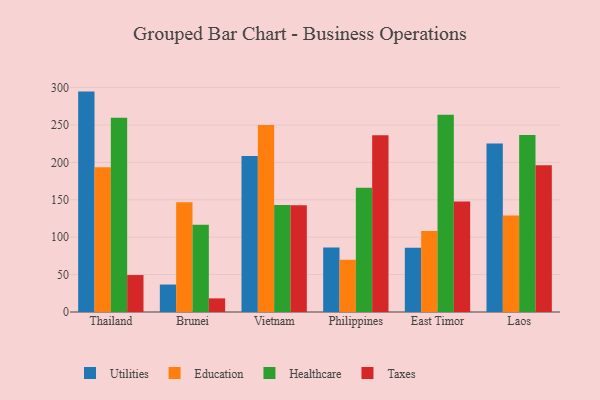
{"axis": {"x": "Country", "y": "Latency (ms)"}, "legend": ["Education", "Healthcare", "Taxes", "Utilities"], "data": [{"x": "Thailand", "y": 294.6, "type": "Utilities"}, {"x": "Thailand", "y": 193.6, "type": "Education"}, {"x": "Thailand", "y": 259.7, "type": "Healthcare"}, {"x": "Thailand", "y": 49.4, "type": "Taxes"}, {"x": "Brunei", "y": 36.7, "type": "Utilities"}, {"x": "Brunei", "y": 146.8, "type": "Education"}, {"x": "Brunei", "y": 116.7, "type": "Healthcare"}, {"x": "Brunei", "y": 18.2, "type": "Taxes"}, {"x": "Vietnam", "y": 208.6, "type": "Utilities"}, {"x": "Vietnam", "y": 250.0, "type": "Education"}, {"x": "Vietnam", "y": 143.0, "type": "Healthcare"}, {"x": "Vietnam", "y": 142.7, "type": "Taxes"}, {"x": "Philippines", "y": 86.1, "type": "Utilities"}, {"x": "Philippines", "y": 69.9, "type": "Education"}, {"x": "Philippines", "y": 166.1, "type": "Healthcare"}, {"x": "Philippines", "y": 236.2, "type": "Taxes"}, {"x": "East Timor", "y": 85.9, "type": "Utilities"}, {"x": "East Timor", "y": 108.2, "type": "Education"}, {"x": "East Timor", "y": 263.8, "type": "Healthcare"}, {"x": "East Timor", "y": 147.7, "type": "Taxes"}, {"x": "Laos", "y": 225.3, "type": "Utilities"}, {"x": "Laos", "y": 128.9, "type": "Education"}, {"x": "Laos", "y": 236.5, "type": "Healthcare"}, {"x": "Laos", "y": 196.3, "type": "Taxes"}]}